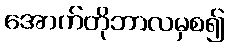
အောက်တိုဘာလမှစ၍